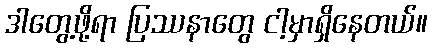
ဒါတွေ့ဖို့ရာ ပြဿနာတွေ ငါ့မှာရှိနေတယ်။